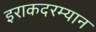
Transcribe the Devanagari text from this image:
इराकदरम्यान